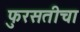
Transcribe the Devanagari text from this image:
फुरसतीचा